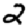
Digit: 2